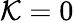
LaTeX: \mathcal{K}=0